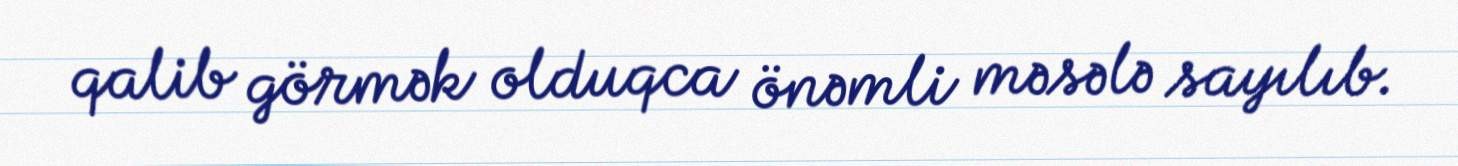
qalib görmək olduqca önəmli məsələ sayılıb.